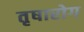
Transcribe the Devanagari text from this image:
तृषारोग